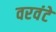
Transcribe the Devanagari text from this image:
वरवंटे